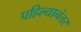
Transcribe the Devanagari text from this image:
पहिल्यानंतर